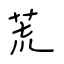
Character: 荒